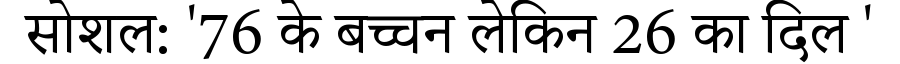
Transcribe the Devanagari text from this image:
सोशल: '76 के बच्चन लेकिन 26 का दिल '